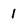
Character: 1